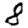
Digit: 8